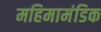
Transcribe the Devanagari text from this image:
महिमामंडिक